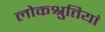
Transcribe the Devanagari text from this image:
लोकश्रुतियां